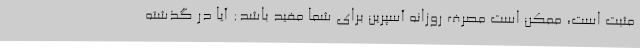
مثبت است، ممکن است مصرف روزانه آسپرین برای شما مفید باشد: آیا در گذشته